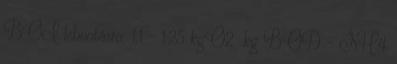
BOI lebontásra: 1,1 – 1,25 kgO2 kg BOD - NH4